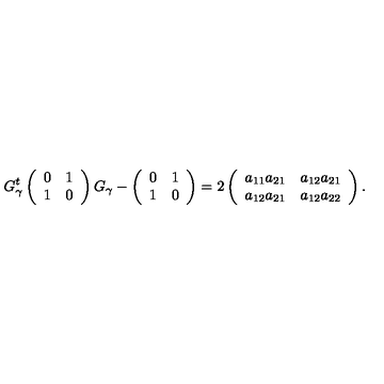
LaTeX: G _ { \gamma } ^ { t } \left( \begin{array} { c } { 0 } \\ { 1 } \\ \end{array} \begin{array} { c c } { 1 } \\ { 0 } \\ \end{array} \right) G _ { \gamma } - \left( \begin{array} { c } { 0 } \\ { 1 } \\ \end{array} \begin{array} { c c } { 1 } \\ { 0 } \\ \end{array} \right) = 2 \left( \begin{array} { c } { a _ { 1 1 } a _ { 2 1 } } \\ { a _ { 1 2 } a _ { 2 1 } } \\ \end{array} \begin{array} { c c } { a _ { 1 2 } a _ { 2 1 } } \\ { a _ { 1 2 } a _ { 2 2 } } \\ \end{array} \right) .